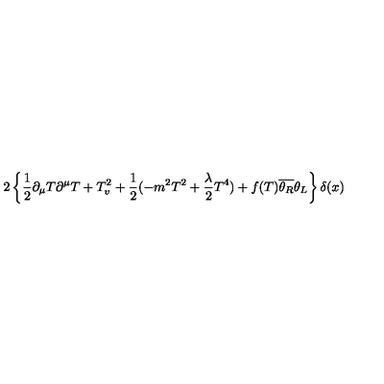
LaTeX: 2 \left\{ \frac { 1 } { 2 } \partial _ { \mu } T \partial ^ { \mu } T + T _ { v } ^ { 2 } + \frac { 1 } { 2 } ( - m ^ { 2 } T ^ { 2 } + \frac { \lambda } { 2 } T ^ { 4 } ) + f ( T ) \overline { { \theta _ { R } } } \theta _ { L } \right\} \delta ( x )